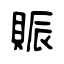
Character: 賑